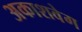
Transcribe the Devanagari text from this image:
अकाशवेग